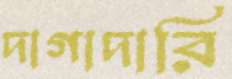
দাগাদারি